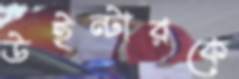
উইন্টারকে